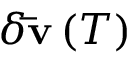
{ \delta { \bf { \bar { v } } } \left( T \right) }